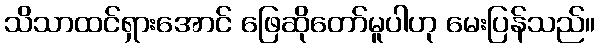
သိသာထင်ရှားအောင် ဖြေဆိုတော်မူပါဟု မေးပြန်သည်။